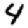
Digit: 4